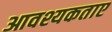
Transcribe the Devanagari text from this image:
आवश्यकताए